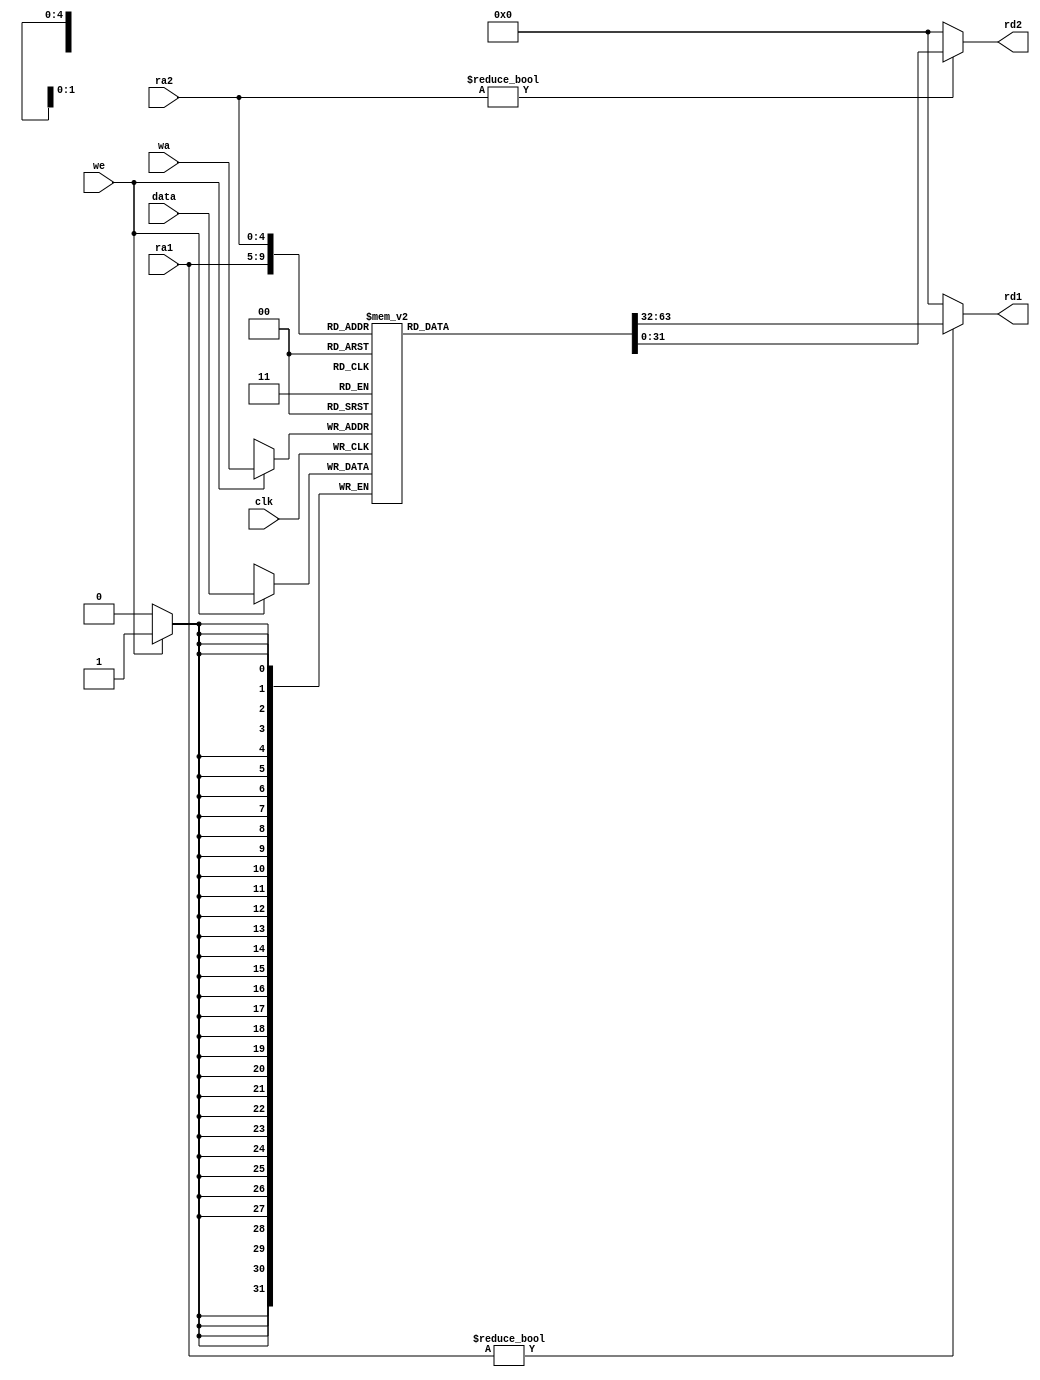
`timescale 1 ns / 1 ps
module RF(input         clk, 
               input         we, 
               input  [4:0]  ra1, ra2, wa, 
               input  [31:0] data, 
               output [31:0] rd1, rd2);

  reg [31:0] rf[31:0];

  always @(negedge clk)
    if (we) rf[wa] <= data;

  assign rd1 = (ra1 != 0) ? rf[ra1] : 0;
  assign rd2 = (ra2 != 0) ? rf[ra2] : 0;
  
endmodule